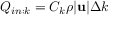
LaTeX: Q _ { i n : k } = C _ { k } \rho | \mathbf { u } | \Delta k